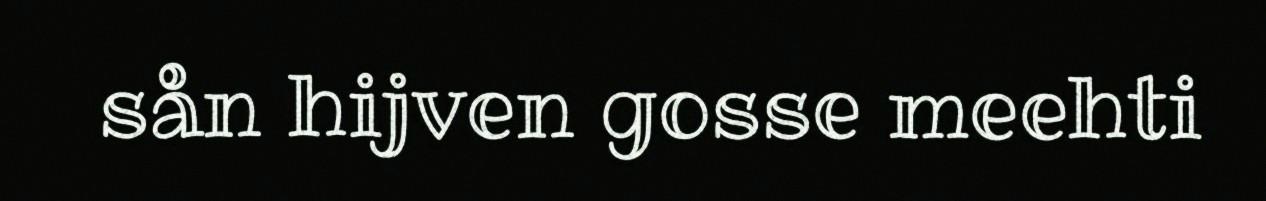
sån hijven gosse meehti